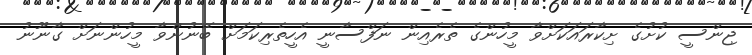
ޖިންސީ ކުށުގެ ށިކާރައަކަށްވާ މީހުންގެ ތެރެއިން ނަފްސާނީ އެހީތެރިކަމަށް ބޭނުންވާ މީހުންނަށް ގާނޫނު